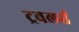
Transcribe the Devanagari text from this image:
ट्रवलर्स